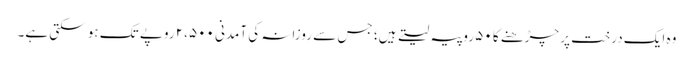
وہ ایک درخت پر چڑھنے کا ۵۰ روپیہ لیتے ہیں؛ جس سے روزانہ کی آمدنی ۲،۵۰۰ روپے تک ہو سکتی ہے۔